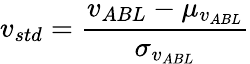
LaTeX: v_{std}=\frac{v_{ABL}-\mu_{v_{ABL}}}{\sigma_{v_{ABL}}}